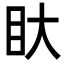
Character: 𭾚